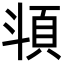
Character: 𩑯